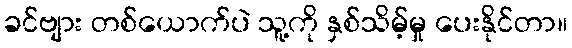
ခင်ဗျား တစ်ယောက်ပဲ သူ့ကို နှစ်သိမ့်မှု ပေးနိုင်တာ။